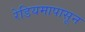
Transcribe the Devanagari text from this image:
रेडियमापासून